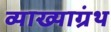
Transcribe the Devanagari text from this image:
व्याख्याग्रंथ